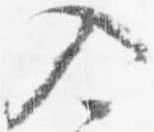
入